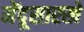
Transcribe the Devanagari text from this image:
मेंदूसारखे